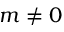
m \neq 0